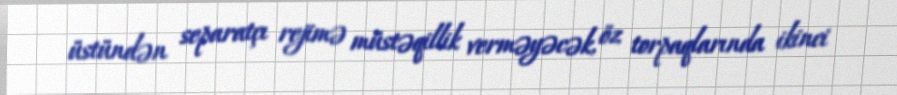
üstündən separatçı rejimə müstəqillik verməyəcək, öz torpaqlarında ikinci